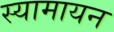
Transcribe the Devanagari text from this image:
स्यामायन